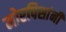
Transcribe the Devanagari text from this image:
मोरपिसांनी